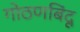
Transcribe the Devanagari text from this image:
गोठणबिंदू